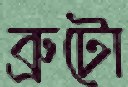
ব্রুটো